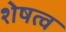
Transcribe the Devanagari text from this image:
शेषत्व